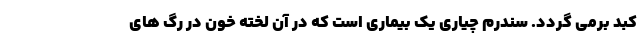
کبد برمی گردد. سندرم چیاری یک بیماری است که در آن لخته خون در رگ های